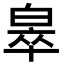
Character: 𬐎